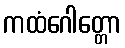
ကထံဂေါတ္တော